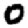
Digit: 0